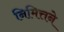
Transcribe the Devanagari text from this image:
निमित्तने